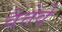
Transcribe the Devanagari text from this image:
वैत्तेवे